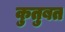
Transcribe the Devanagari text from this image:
कुतुबत